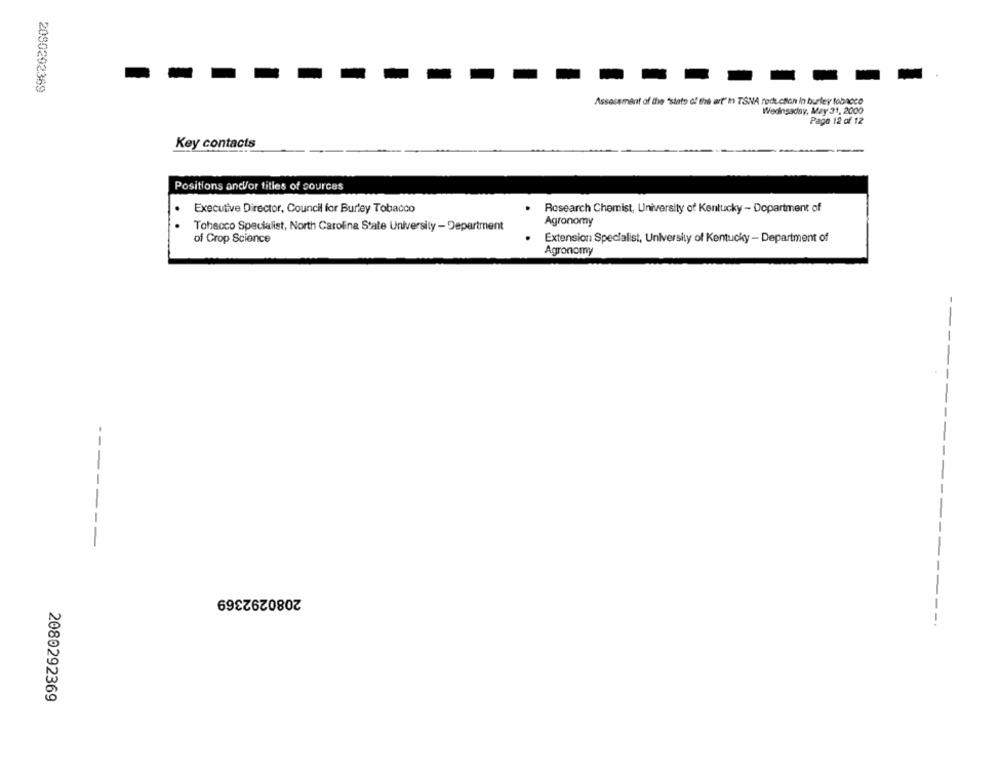
2090292369
Assessment of the "state of the art" In TSNA reduction In burley fobnoce
Wedinsaday, May 31, 2000
Page 12 of 12
Key contacts
Positions and/or tities of cources
.
Executive Director, Council for Burley Tobacco
Research Chemist, University of Kentucky - Department of
.
Agronomy
Tobacco Specialist, North Carolina State University - Department
of Crop Science
Extension Specialist, University of Kentucky - Department of
Agronomy
--
2080292369
2080292369